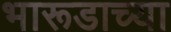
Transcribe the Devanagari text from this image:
भारूडाच्या